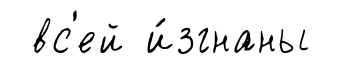
вс'ей и́згнаны